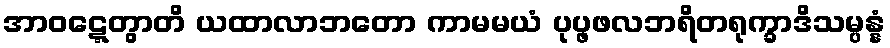
အာဝဋ္ဋေတွာတိ ယထာလာဘတော ကာမမယံ ပုပ္ဖဖလဘရိတရုက္ခာဒိသမ္ပန္နံ